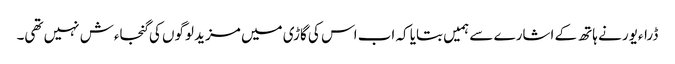
ڈراءیور نے ہاتھ کے اشارے سے ہمیں بتایا کہ اب اس کی گاڑی میں مزید لوگوں کی گنجاءش نہیں تھی۔